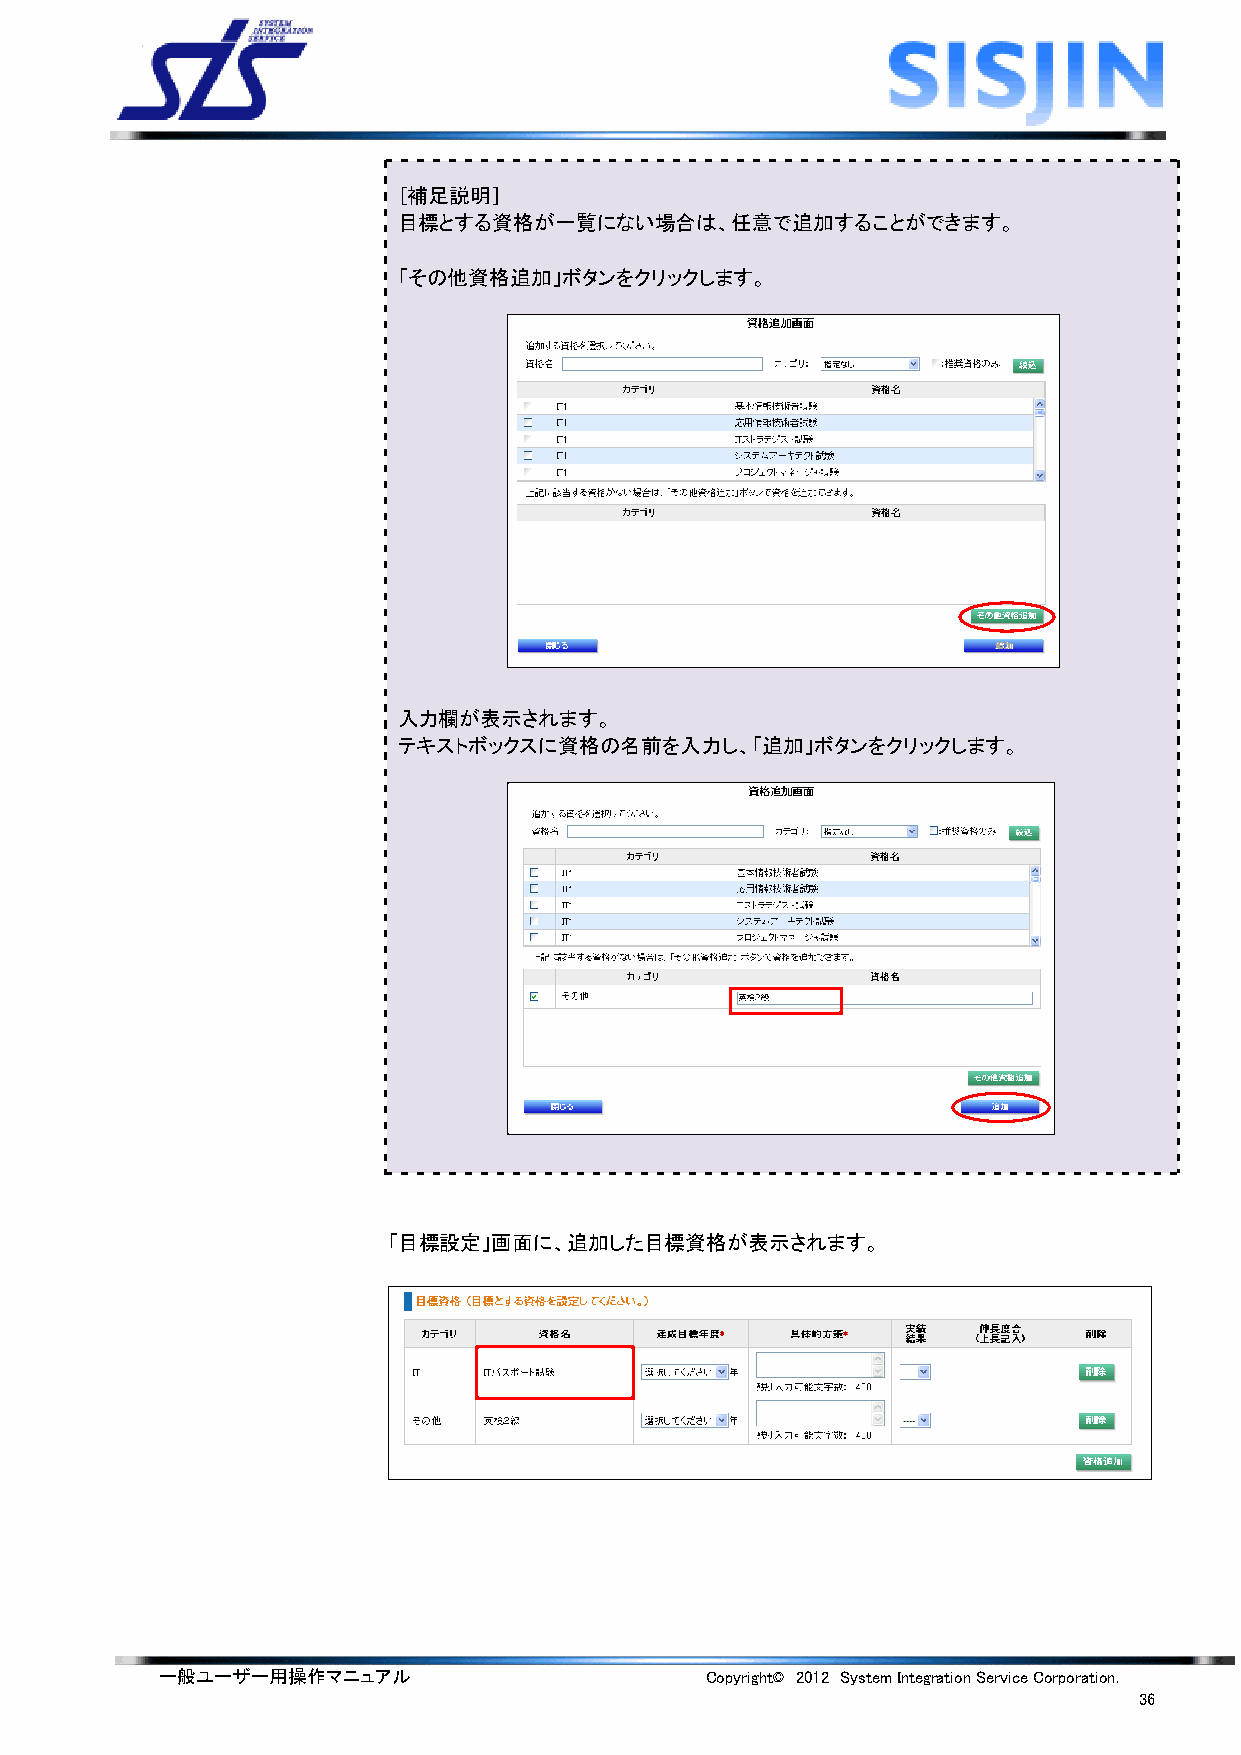
［補足説明］
 目標とする資格が一覧にない場合は、任意で追加することができます。
 「その他資格追加」ボタンをクリックします。
 入力欄が表示されます。
 テキストボックスに資格の名前を入力し、「追加」ボタンをクリックします。
 「目標設定」画面に、追加した目標資格が表示されます。
 一般ユーザー用操作マニュアル                      Copyright© 2012 System Integration Service Corporation.
 36